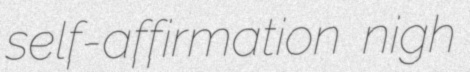
self-affirmation nigh